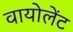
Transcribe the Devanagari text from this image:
वायोलेंट